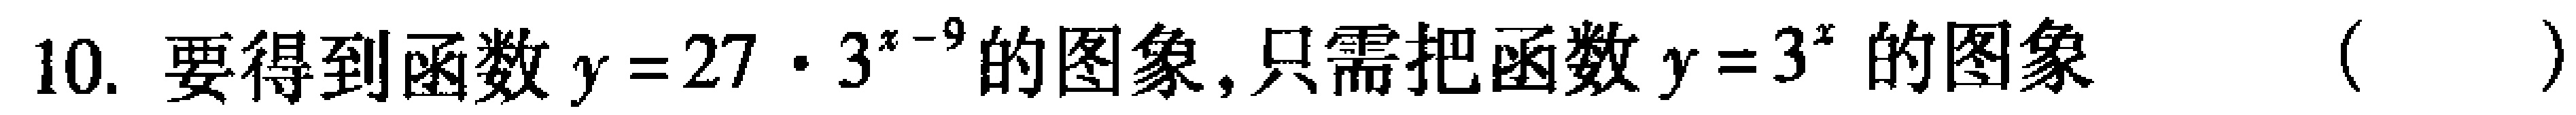
10. 要得到函数$y = 27\cdot3^{x - 9}$的图象，只需把函数$y = 3^{x}$的图象（  ）